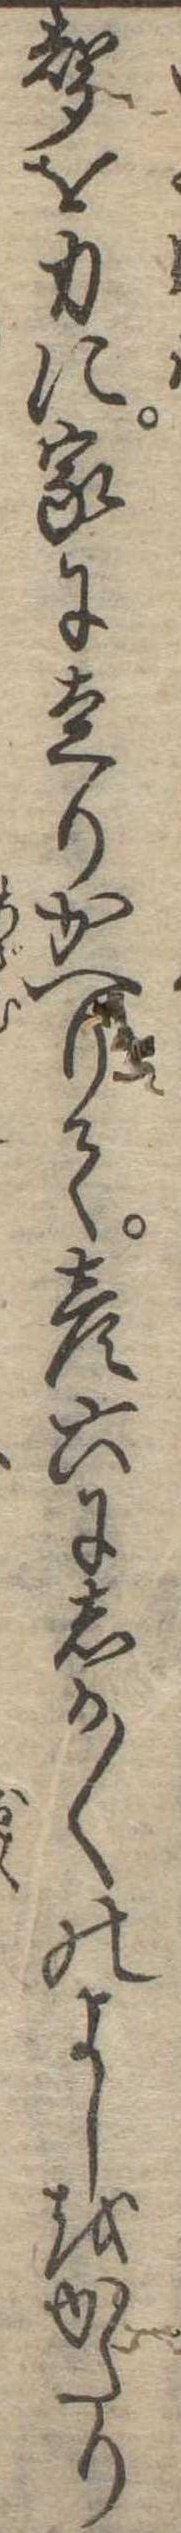
声を力に家に走りかへりて彦六にしか〱のよしをかたり